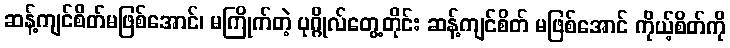
ဆန့်ကျင်စိတ်မဖြစ်အောင်၊ မကြိုက်တဲ့ ပုဂ္ဂိုလ်တွေ့တိုင်း ဆန့်ကျင်စိတ် မဖြစ်အောင် ကိုယ့်စိတ်ကို